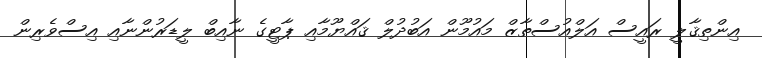
އިންތިޤާލީ ރައީސް އަލްއުސްތާޒް މައުމޫން އަބުދުލް ޤައްޔޫމާއި ޕާޓީގެ ނާއިބް ލީޑަރުންނާއި އިސްވެރިން